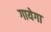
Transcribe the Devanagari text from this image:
गायेगा